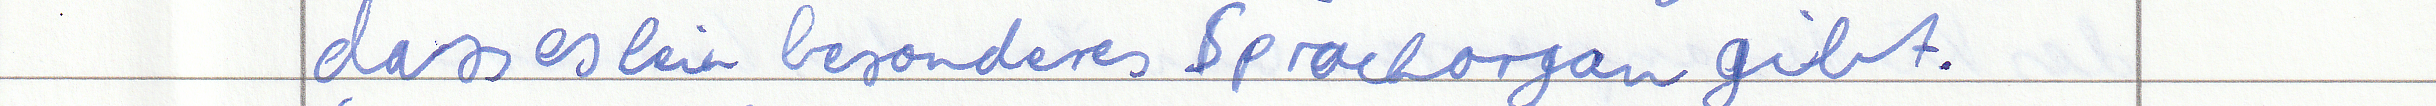
dass es kein besonderes Sprachorgan gibt.